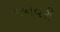
જનવરી